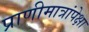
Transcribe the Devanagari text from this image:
प्राणीमात्रांपेक्षा